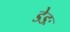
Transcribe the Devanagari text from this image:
डेडः